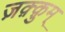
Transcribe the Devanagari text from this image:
ज़क़्क़ुम्